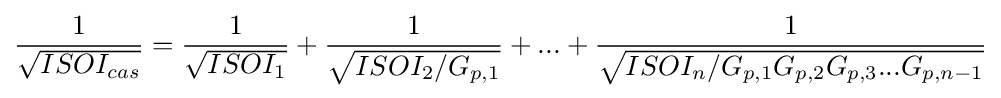
{\frac {1}{\sqrt {ISOI_{cas}}}}={\frac {1}{\sqrt {ISOI_{1}}}}+{\frac {1}{\sqrt {ISOI_{2}/G_{p,1}}}}+...+{\frac {1}{\sqrt {ISOI_{n}/G_{p,1}G_{p,2}G_{p,3}...G_{p,n-1}}}}